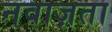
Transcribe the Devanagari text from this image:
नवाज़ता